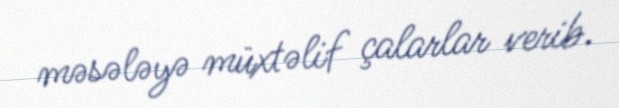
məsələyə müxtəlif çalarlar verib.